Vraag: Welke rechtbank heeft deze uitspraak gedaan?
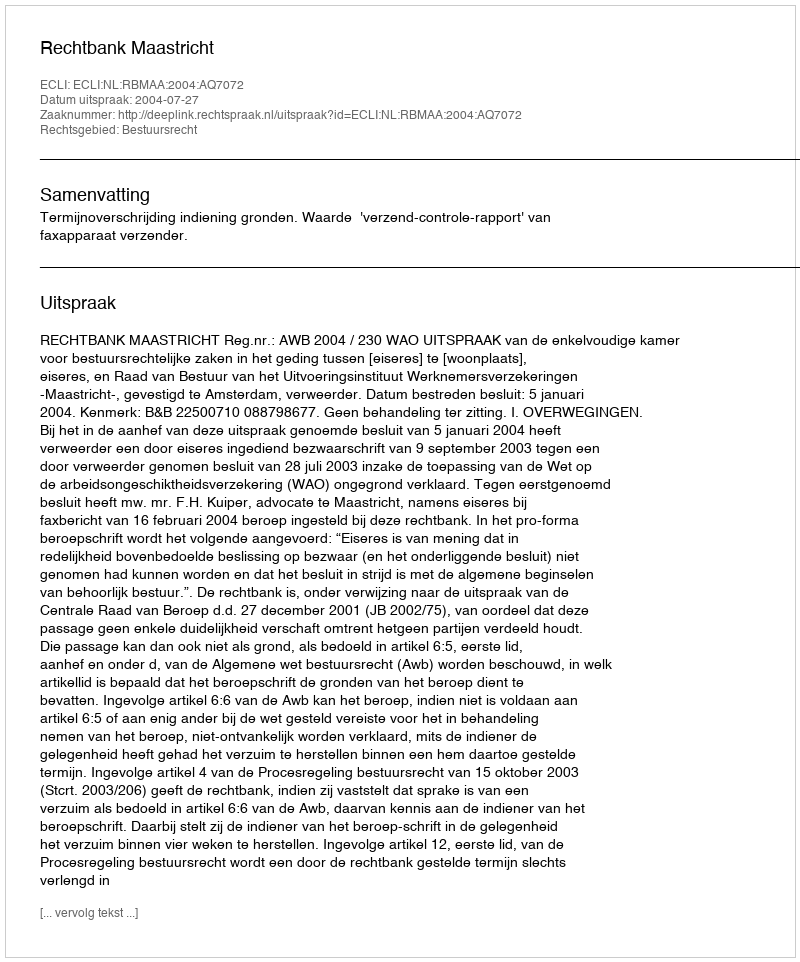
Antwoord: Rechtbank Maastricht